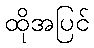
ထိုအပြင်